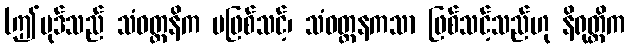
(ဤပုဒ်သည် သံဝတ္တနိက မဖြစ်သင့်၊ သံဝတ္တနကသာ ဖြစ်သင့်သည်ဟု နိရုတ္တိက